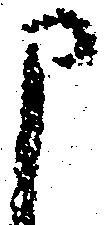
申